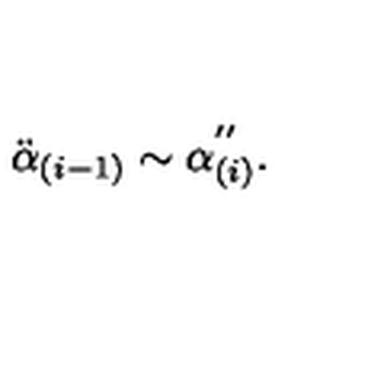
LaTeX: \ddot { \alpha } _ { ( i - 1 ) } \sim \alpha _ { ( i ) } ^ { ' ^ { \prime } } .